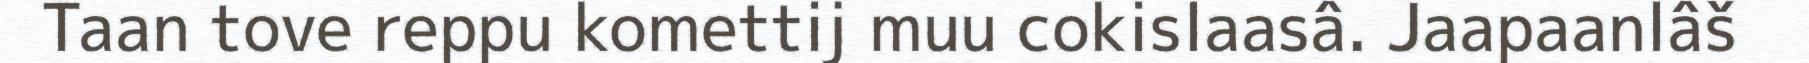
Taan tove reppu komettij muu cokislaasâ. Jaapaanlâš